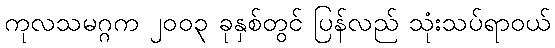
ကုလသမဂ္ဂက ၂၀၀၃ ခုနှစ်တွင် ပြန်လည် သုံးသပ်ရာဝယ်